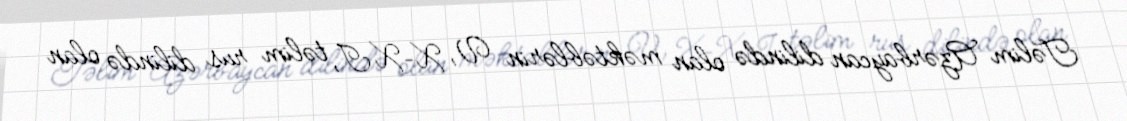
Təlim Azərbaycan dilində olan məktəblərin V, X–XI, təlim rus dilində olan